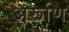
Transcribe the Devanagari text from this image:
अरूणि